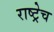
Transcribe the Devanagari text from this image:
राष्ट्रेच